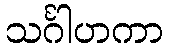
သင်္ဂါဟကာ